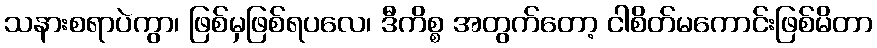
သနားစရာပဲကွာ၊ ဖြစ်မှဖြစ်ရပလေ၊ ဒီကိစ္စ အတွက်တော့ ငါစိတ်မကောင်းဖြစ်မိတာ